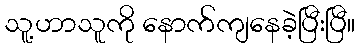
သူ့ဟာသူကို နောက်ကျနေခဲ့ပြီးပြီ။